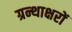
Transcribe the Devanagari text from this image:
ग्रन्थाक्षरों